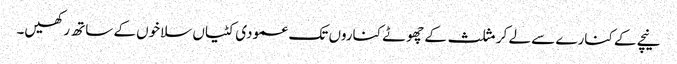
نیچے کے کنارے سے لے کر مثلث کے چھوٹے کناروں تک عمودی کٹیاں سلاخوں کے ساتھ رکھیں۔